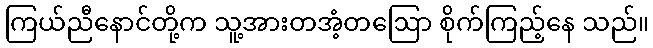
ကြယ်ညီနောင်တို့က သူ့အားတအံ့တဩော စိုက်ကြည့်နေ သည်။